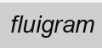
fluigram